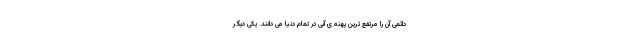
دائمی آن را مرتفع ترین پهنه ی آبی در تمام دنیا می دانند. یکی دیگر